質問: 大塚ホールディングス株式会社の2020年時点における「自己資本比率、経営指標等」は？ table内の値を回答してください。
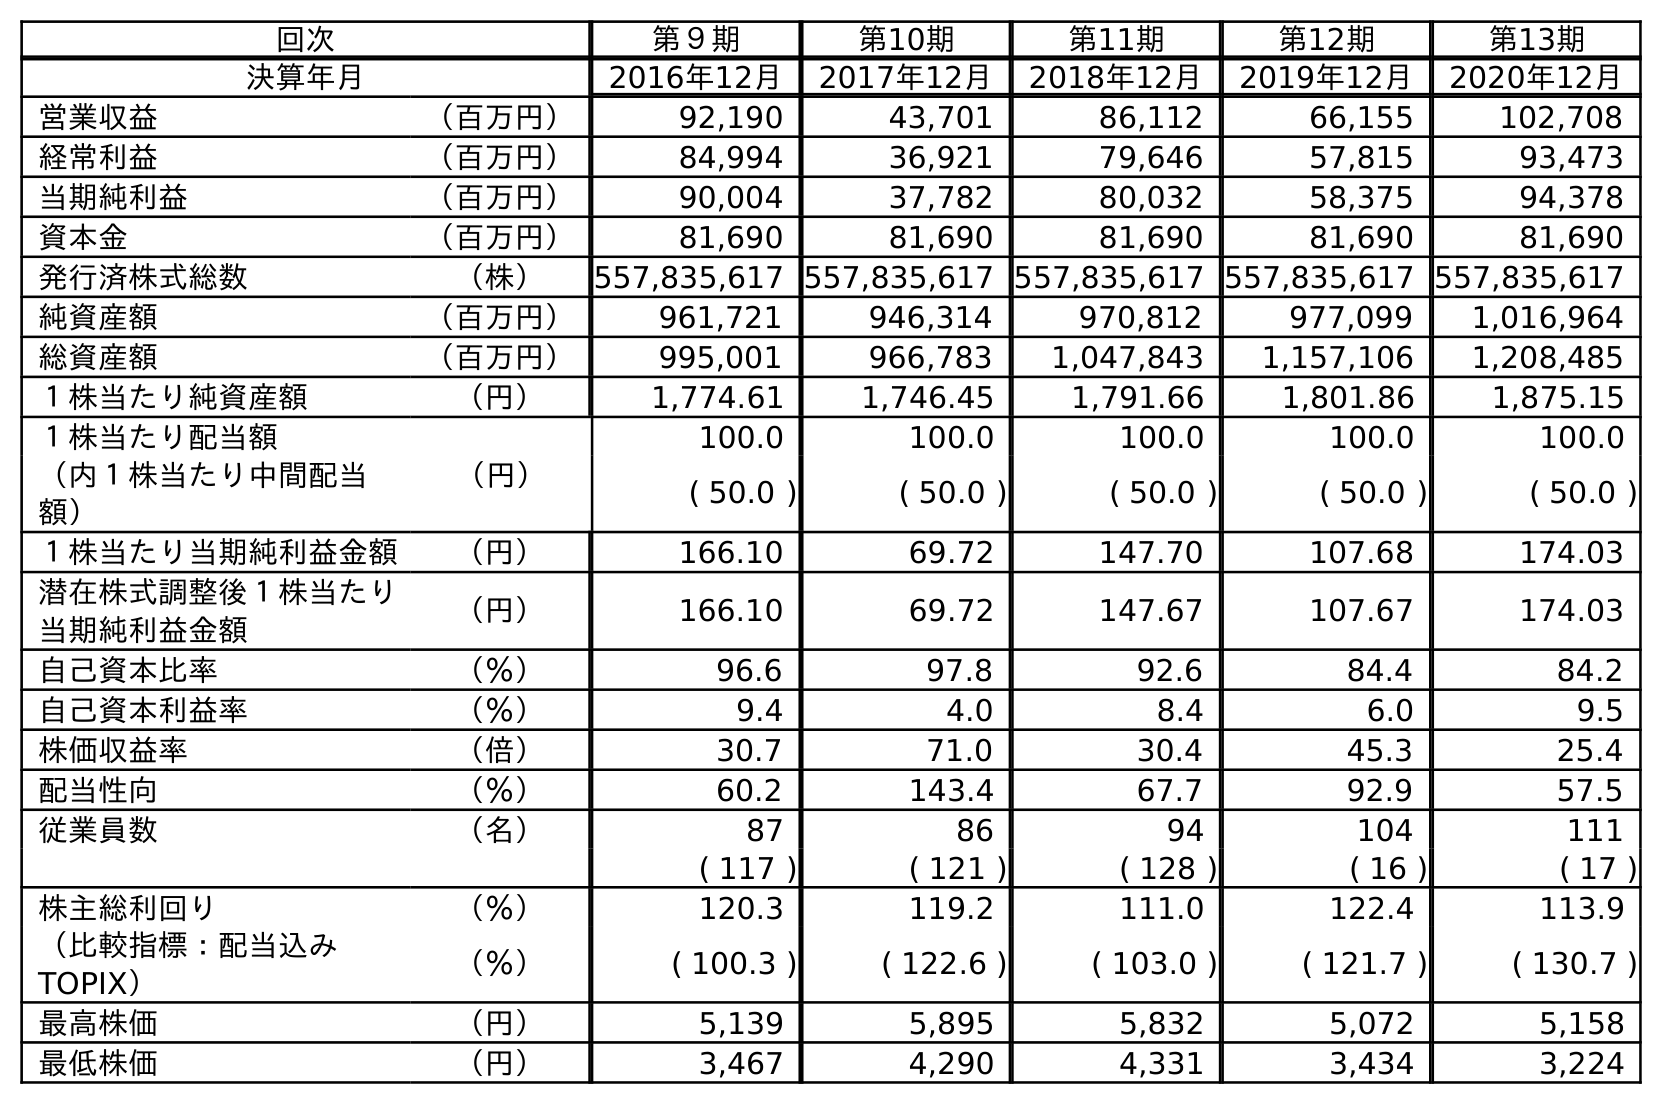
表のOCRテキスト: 回次 第９期 第10期 第11期 第12期 第13期 決算年月 2016年12月 2017年12月 2018年12月 2019年12月 2020年12月 営業収益 （百万円） 92,190 43,701 86,112 66,155 102,708 経常利益 （百万円） 84,994 36,921 79,646 57,815 93,473 当期純利益 （百万円） 90,004 37,782 80,032 58,375 94,378 資本金 （百万円） 81,690 81,690 81,690 81,690 81,690 発行済株式総数 （株） 557,835,617 557,835,617 557,835,617 557,835,617 557,835,617 純資産額 （百万円） 961,721 946,314 970,812 977,099 1,016,964 総資産額 （百万円） 995,001 966,783 1,047,843 1,157,106 1,208,485 １株当たり純資産額 （円） 1,774.61 1,746.45 1,791.66 1,801.86 1,875.15 １株当たり配当額 （円） 100.0 100.0 100.0 100.0 100.0 （内１株当たり中間配当 額） ( 50.0 ) ( 50.0 ) ( 50.0 ) ( 50.0 ) ( 50.0 ) １株当たり当期純利益金額 （円） 166.10 69.72 147.70 107.68 174.03 潜在株式調整後１株当たり 当期純利益金額 （円） 166.10 69.72 147.67 107.67 174.03 自己資本比率 （％） 96.6 97.8 92.6 84.4 84.2 自己資本利益率 （％） 9.4 4.0 8.4 6.0 9.5 株価収益率 （倍） 30.7 71.0 30.4 45.3 25.4 配当性向 （％） 60.2 143.4 67.7 92.9 57.5 従業員数 （名） 87 86 94 104 111 ( 117 ) ( 121 ) ( 128 ) ( 16 ) ( 17 ) 株主総利回り （％） 120.3 119.2 111.0 122.4 113.9 （比較指標：配当込み TOPIX） （％） ( 100.3 ) ( 122.6 ) ( 103.0 ) ( 121.7 ) ( 130.7 ) 最高株価 （円） 5,139 5,895 5,832 5,072 5,158 最低株価 （円） 3,467 4,290 4,331 3,434 3,224
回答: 84.2